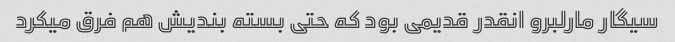
سیگار مارلبرو انقدر قدیمی بود که حتی بسته بندیش هم فرق میکرد